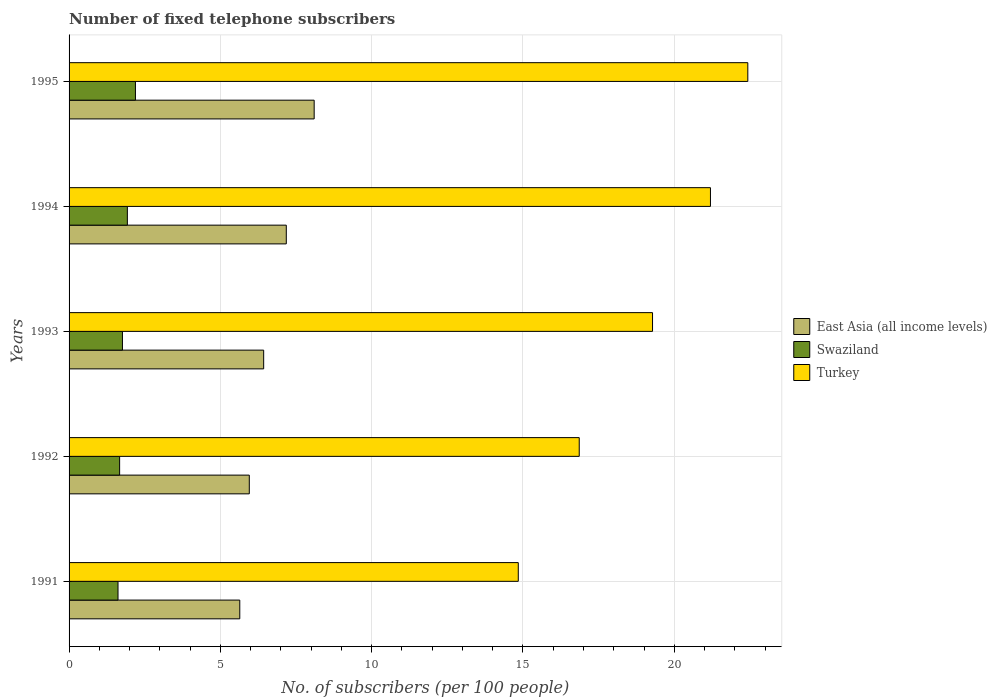
| Years | East Asia (all income levels) | Swaziland | Turkey |
 | --- | --- | --- | --- |
 | 1991 | 5.64 | 1.62 | 14.8 |
 | 1992 | 5.96 | 1.67 | 16.9 |
 | 1993 | 6.43 | 1.76 | 19.3 |
 | 1994 | 7.18 | 1.93 | 21.2 |
 | 1995 | 8.1 | 2.19 | 22.4 |